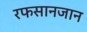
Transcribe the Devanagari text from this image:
रफसानजान